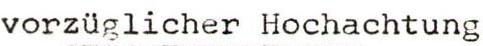
vorzüglicher Hochachtung